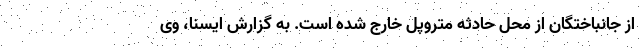
از جانباختگان از محل حادثه متروپل خارج شده است. به گزارش ایسنا، وی